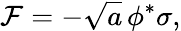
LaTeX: {\cal F}=-\sqrt{a}\, \phi^{*}\sigma,